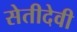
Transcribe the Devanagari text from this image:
सेतीदेवी